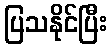
ပြသနိုင်ပြီး